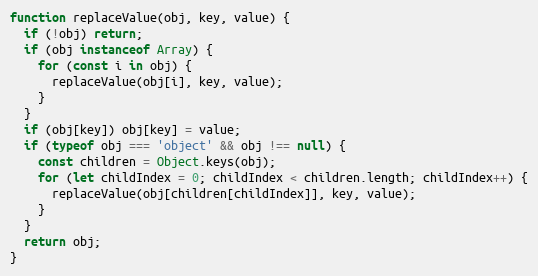
Language: JavaScript
function replaceValue(obj, key, value) {
  if (!obj) return;
  if (obj instanceof Array) {
    for (const i in obj) {
      replaceValue(obj[i], key, value);
    }
  }
  if (obj[key]) obj[key] = value;
  if (typeof obj === 'object' && obj !== null) {
    const children = Object.keys(obj);
    for (let childIndex = 0; childIndex < children.length; childIndex++) {
      replaceValue(obj[children[childIndex]], key, value);
    }
  }
  return obj;
}